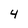
Character: 4